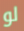
لو